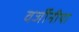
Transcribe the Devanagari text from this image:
वर्जीनीया